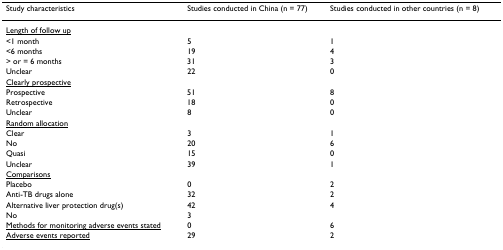
<table><thead><tr><td><b>Study characteristics</b></td><td><b>Studies conducted in China (n = 77)</b></td><td><b>Studies conducted in other countries (n = 8)</b></td></tr></thead><tbody><tr><td><underline>Length of follow up</underline></td><td></td><td></td></tr><tr><td>&lt;1 month</td><td>5</td><td>1</td></tr><tr><td>&lt;6 months</td><td>19</td><td>4</td></tr><tr><td>&gt; or = 6 months</td><td>31</td><td>3</td></tr><tr><td>Unclear</td><td>22</td><td>0</td></tr><tr><td><underline>Clearly prospective</underline></td><td></td><td></td></tr><tr><td>Prospective</td><td>51</td><td>8</td></tr><tr><td>Retrospective</td><td>18</td><td>0</td></tr><tr><td>Unclear</td><td>8</td><td>0</td></tr><tr><td><underline>Random allocation</underline></td><td></td><td></td></tr><tr><td>Clear</td><td>3</td><td>1</td></tr><tr><td>No</td><td>20</td><td>6</td></tr><tr><td>Quasi</td><td>15</td><td>0</td></tr><tr><td>Unclear</td><td>39</td><td>1</td></tr><tr><td><underline>Comparisons</underline></td><td></td><td></td></tr><tr><td>Placebo</td><td>0</td><td>2</td></tr><tr><td>Anti-TB drugs alone</td><td>32</td><td>2</td></tr><tr><td>Alternative liver protection drug(s)</td><td>42</td><td>4</td></tr><tr><td>No</td><td>3</td><td></td></tr><tr><td><underline>Methods for monitoring adverse events stated</underline></td><td>0</td><td>6</td></tr><tr><td><underline>Adverse events reported</underline></td><td>29</td><td>2</td></tr></tbody></table>